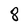
Character: 8